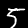
Digit: 5